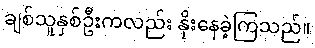
ချစ်သူနှစ်ဦးကလည်း နိုးနေခဲ့ကြသည်။